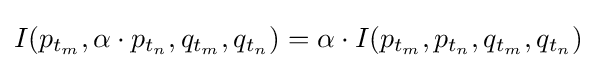
I(p_{t_{m}},\alpha \cdot p_{t_{n}},q_{t_{m}},q_{t_{n}})=\alpha \cdot I(p_{t_{m}},p_{t_{n}},q_{t_{m}},q_{t_{n}})